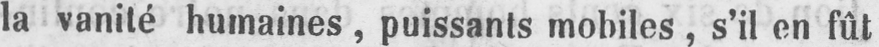
la vanité humaines, puissants mobiles, s’il en fût